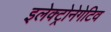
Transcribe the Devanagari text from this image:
इलेक्ट्रोनेगेटिव